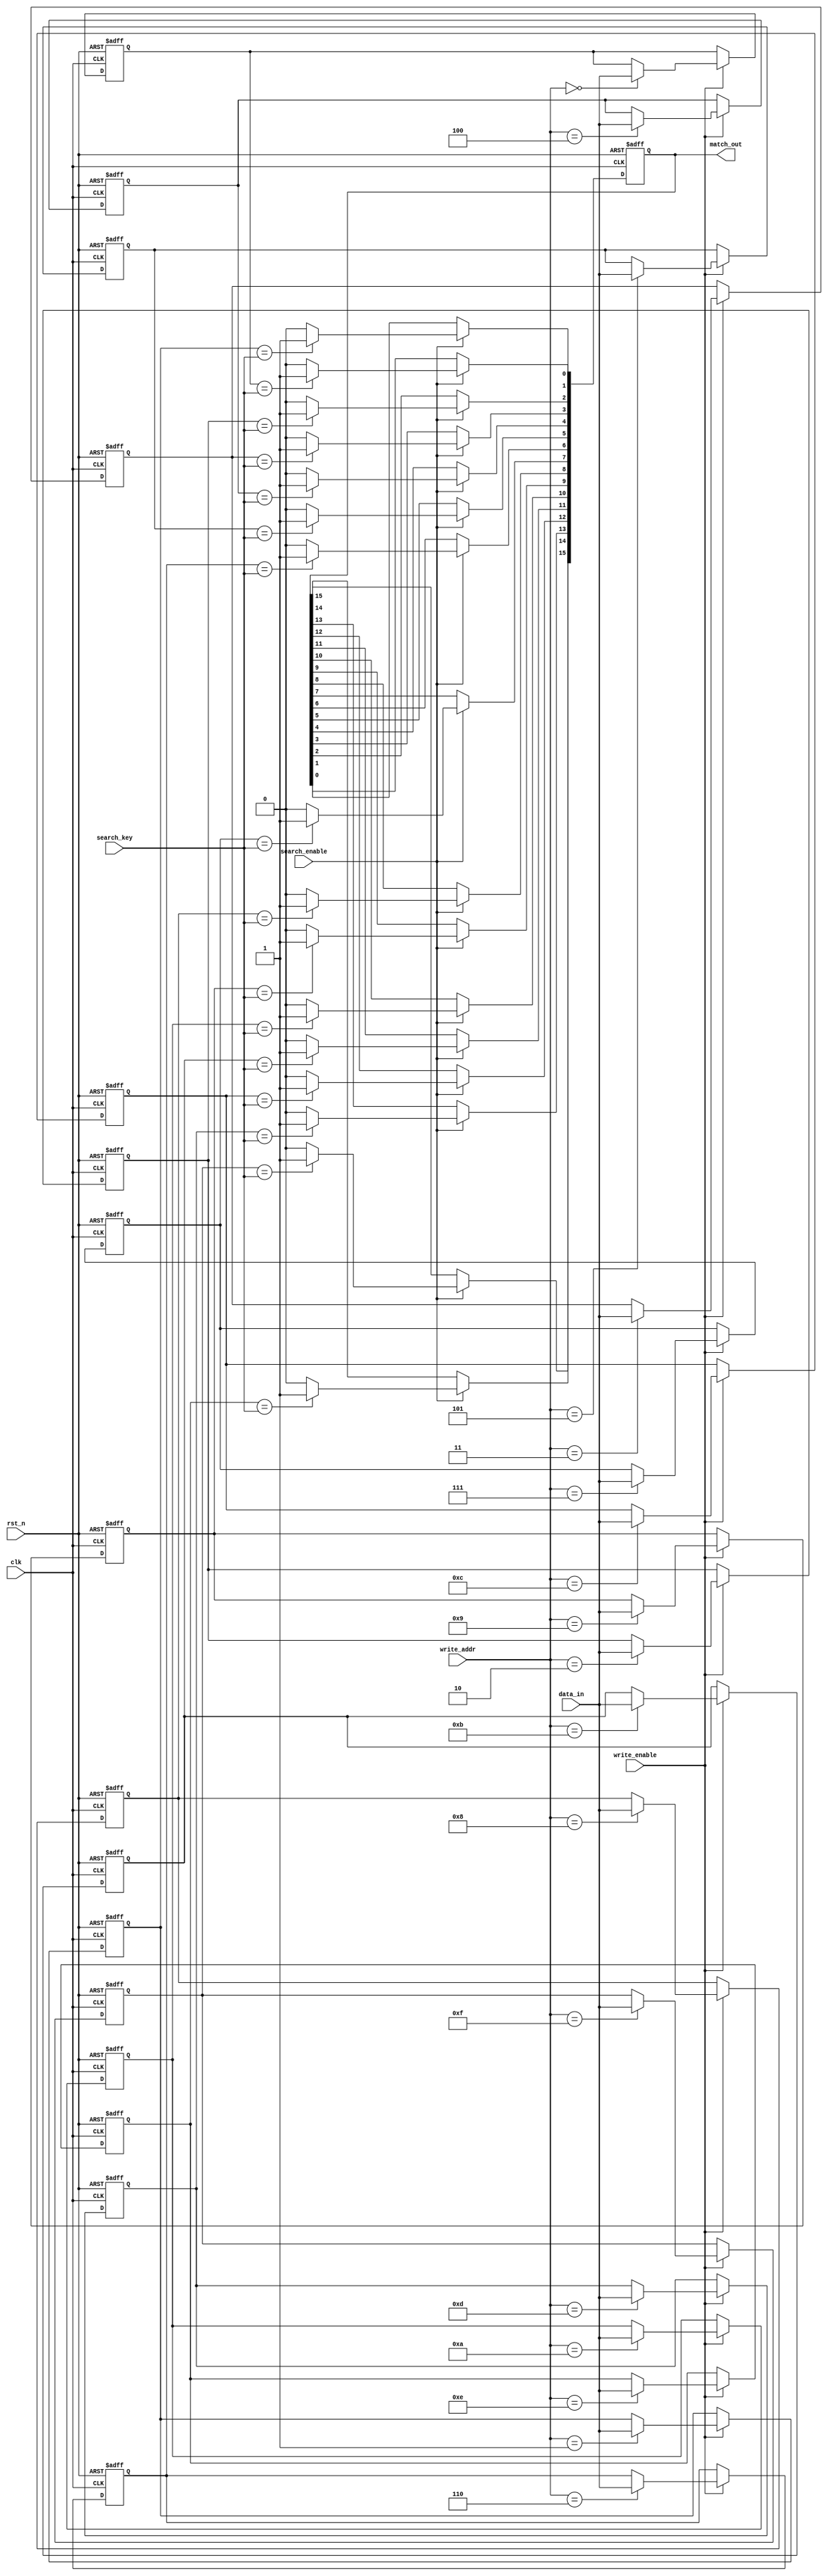
module flash_based_cam #(
    parameter ENTRY_WIDTH = 8,   // Width of each entry in bits
    parameter NUM_ENTRIES = 16    // Number of entries in the CAM
)(
    input wire clk,               // Clock signal
    input wire rst_n,             // Active low reset
    input wire [ENTRY_WIDTH-1:0] search_key, // Input search key
    input wire search_enable,      // Enable signal for search operation
    input wire [ENTRY_WIDTH-1:0] data_in, // Data input for writing new entries
    input wire write_enable,       // Enable signal for write operation
    input wire [3:0] write_addr,   // Address for writing new entries
    output reg [NUM_ENTRIES-1:0] match_out // Match output vector
);

    // Memory array to store entries
    reg [ENTRY_WIDTH-1:0] memory [0:NUM_ENTRIES-1];

    // Match logic
    integer i;
    always @(posedge clk or negedge rst_n) begin
        if (!rst_n) begin
            match_out <= 0; // Reset match output
        end else if (search_enable) begin
            match_out <= 0; // Clear match output
            for (i = 0; i < NUM_ENTRIES; i = i + 1) begin
                if (memory[i] == search_key) begin
                    match_out[i] <= 1'b1; // Set match bit if entry matches
                end else begin
                    match_out[i] <= 1'b0; // Clear match bit if no match
                end
            end
        end
    end

    // Write logic
    always @(posedge clk or negedge rst_n) begin
        if (!rst_n) begin
            // Optionally clear memory on reset
            for (i = 0; i < NUM_ENTRIES; i = i + 1) begin
                memory[i] <= 0;
            end
        end else if (write_enable) begin
            memory[write_addr] <= data_in; // Write data to specified address
        end
    end

endmodule